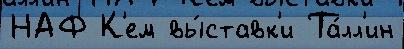
НАФ К'ем вы́ставк'и Та́лл'ин